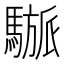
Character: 𩥜